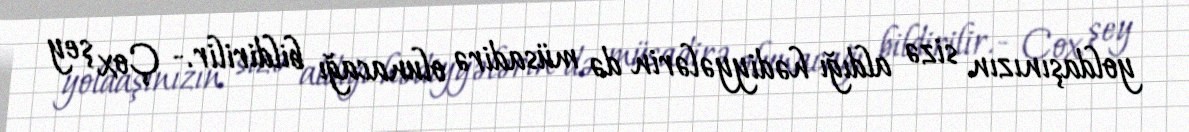
yoldaşınızın sizə aldığı hədiyyələrin də müsadirə olunacağı bildirilir.- Çox şey